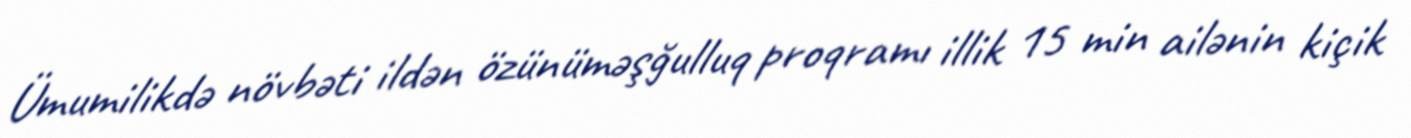
Ümumilikdə növbəti ildən özünüməşğulluq proqramı illik 15 min ailənin kiçik